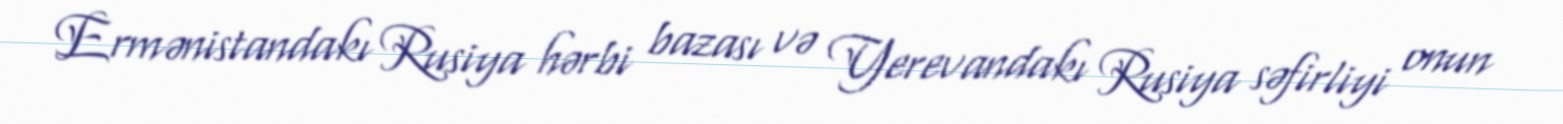
Ermənistandakı Rusiya hərbi bazası və Yerevandakı Rusiya səfirliyi onun